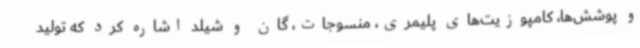
و پوشش‌ها، کامپوزیت‌های پلیمری، منسوجات، گان و شیلد اشاره کرد که تولید